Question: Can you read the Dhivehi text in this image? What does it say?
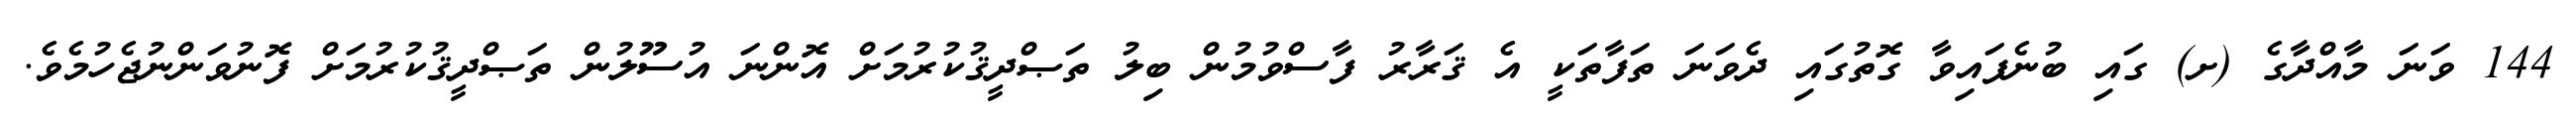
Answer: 144 ވަނަ މާއްދާގެ (ށ) ގައި ބުނެފައިވާ ގޮތުގައި ދެވަނަ ތަފާތަކީ އެ ޤަރާރު ފާސްވުމުން ބިލު ތަޞްދީޤުކުރުމަށް އޮންނަ އުސޫލުން ތަޞްދީޤުކުރުމަށް ފޮނުވަންނުޖެހުމެވެ.